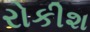
રોકીશ